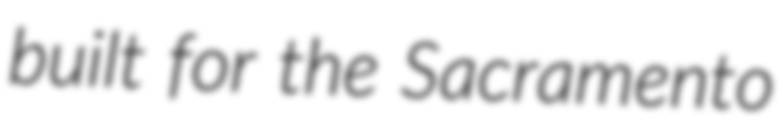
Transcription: built for the Sacramento